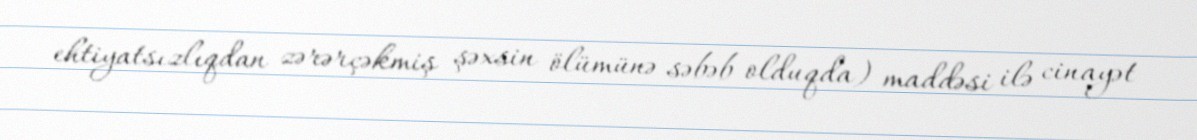
ehtiyatsızlıqdan zərərçəkmiş şəxsin ölümünə səbəb olduqda) maddəsi ilə cinayət